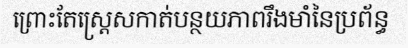
ព្រោះតែស្ត្រេសកាត់បន្ថយភាពរឹងមាំនៃប្រព័ន្ធ